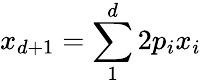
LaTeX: x_{d+1}=\sum_{1}^{d}2p_{i}x_{i}